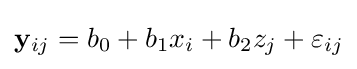
\mathbf {y} _{ij}=b_{0}+b_{1}x_{i}+b_{2}z_{j}+\varepsilon _{ij}